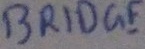
Text: BRIDGE